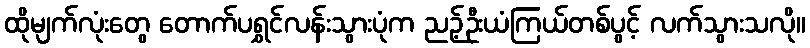
ထိုမျက်လုံးတွေ တောက်ပရွှင်လန်းသွားပုံက ညဉ့်ဦးယံကြယ်တစ်ပွင့် လက်သွားသလို။